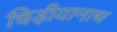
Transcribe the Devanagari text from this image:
चिड़ीयानाथ